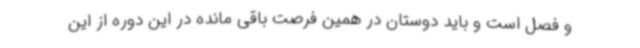
و فصل است و باید دوستان در همین فرصت باقی مانده در این دوره از این